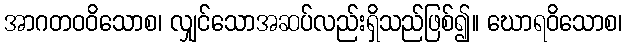
အာဂတဝဝိသောစ၊ လျှင်သောအဆပ်လည်းရှိသည်ဖြစ်၍။ ဃောရဝိသောစ၊